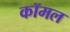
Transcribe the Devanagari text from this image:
कॉमल